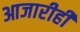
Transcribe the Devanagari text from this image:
आजारीही